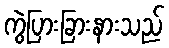
ကွဲပြားခြားနားသည်